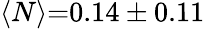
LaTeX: \langle N\rangle{=}0.14\pm 0.11